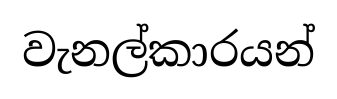
වැනල්කාරයන්